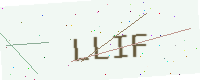
Text: LLIF